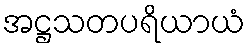
အဋ္ဌသတပရိယာယံ